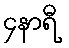
၄နာရီ